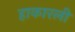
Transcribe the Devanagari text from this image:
हाकारली